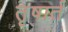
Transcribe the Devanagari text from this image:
तृषार्त